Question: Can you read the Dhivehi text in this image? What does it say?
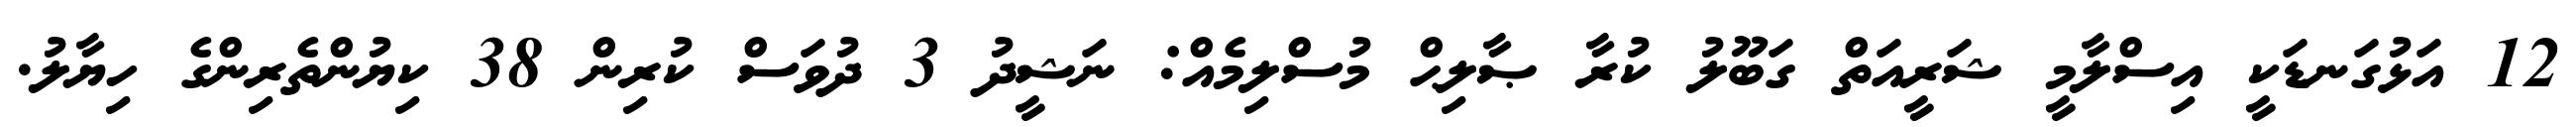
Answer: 12 އަޅުގަނޑަކީ އިސްލާމީ ޝަރީއަތް ގަބޫލު ކުރާ ޞާލިޙް މުސްލިމެއް: ނަޝީދު 3 ދުވަސް ކުރިން 38 ކިޔުންތެރިންގެ ހިޔާލު.